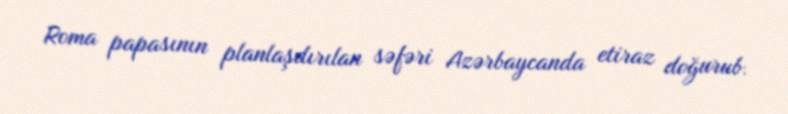
Roma papasının planlaşdırılan səfəri Azərbaycanda etiraz doğurub.